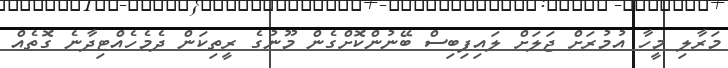
މަރާލި މީހާ އުމުރަށް ޖަލަށް ލައިފިބިސް ބޭނުންކޮށްގެން މޫނުގެ ރީތިކަން ދެމެހެއްޓިދާނެ ގޮތެއް